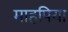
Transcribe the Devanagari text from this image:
माहपिया